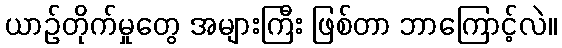
ယာဉ်တိုက်မှုတွေ အများကြီး ဖြစ်တာ ဘာကြောင့်လဲ။